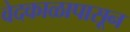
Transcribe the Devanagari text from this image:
वेदकाळापासून